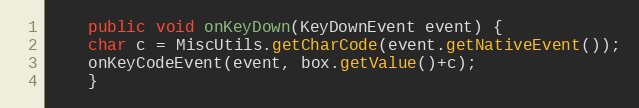
Language: Java
    public void onKeyDown(KeyDownEvent event) {
	char c = MiscUtils.getCharCode(event.getNativeEvent());
	onKeyCodeEvent(event, box.getValue()+c);
    }